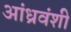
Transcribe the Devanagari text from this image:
आंध्रवंशी